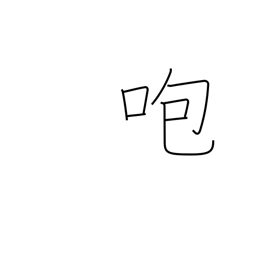
Meaning: get angry